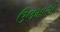
ઉલમાએ